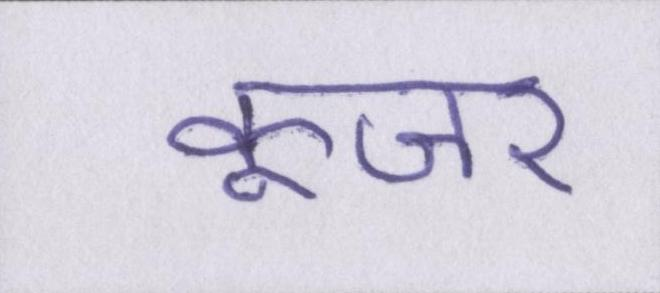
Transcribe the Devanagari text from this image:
कूजर